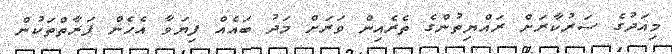
މިއަދުގެ ސަރުކާރަށް ރައްޔިތުންގެ ތެރެއިން ވަރަށް މަދު ބައެއް ފިޔަވާ އެހެން ފަރާތްތަކުން